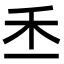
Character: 𥝍